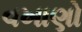
વખાણો